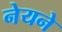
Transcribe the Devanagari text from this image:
नेयने